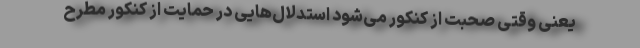
یعنی وقتی صحبت از کنکور می‌شود استدلال‌هایی در حمایت از کنکور مطرح